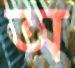
অ